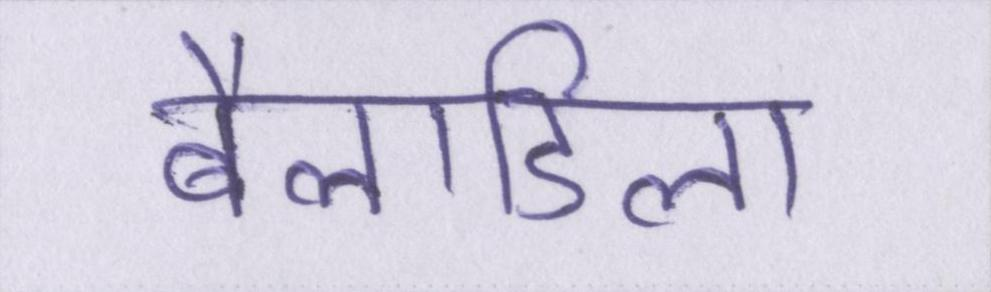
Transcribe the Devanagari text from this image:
बैलाडिला